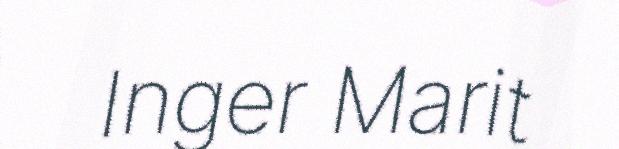
Inger Marit